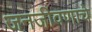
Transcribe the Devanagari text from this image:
जनजीवणाचे